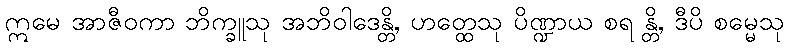
ဣမေ အာဇီဝကာ ဘိက္ခူသု အဘိဝါဒေန္တိ, ဟတ္ထေသု ပိဏ္ဍာယ စရ န္တိ, ဒီပိ စမ္မေသု